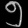
Digit: ၅